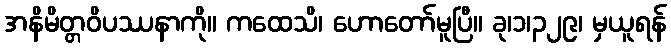
အနိမိတ္တဝိပဿနာကို။ ကထေသိ၊ ဟောတော်မူပြီ။ ခု၊၁၊၃၂၉၊ မှယူရန်